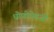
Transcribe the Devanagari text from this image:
धोणीऐवजी